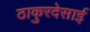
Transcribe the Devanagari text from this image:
ठाकुरदेसाई